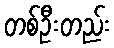
တစ်ဦးတည်း